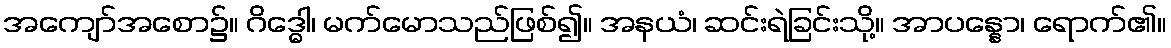
အကျော်အစော၌။ ဂိဒ္ဓေါ၊ မက်မောသည်ဖြစ်၍။ အနယံ၊ ဆင်းရဲခြင်းသို့။ အာပန္နော၊ ရောက်၏။